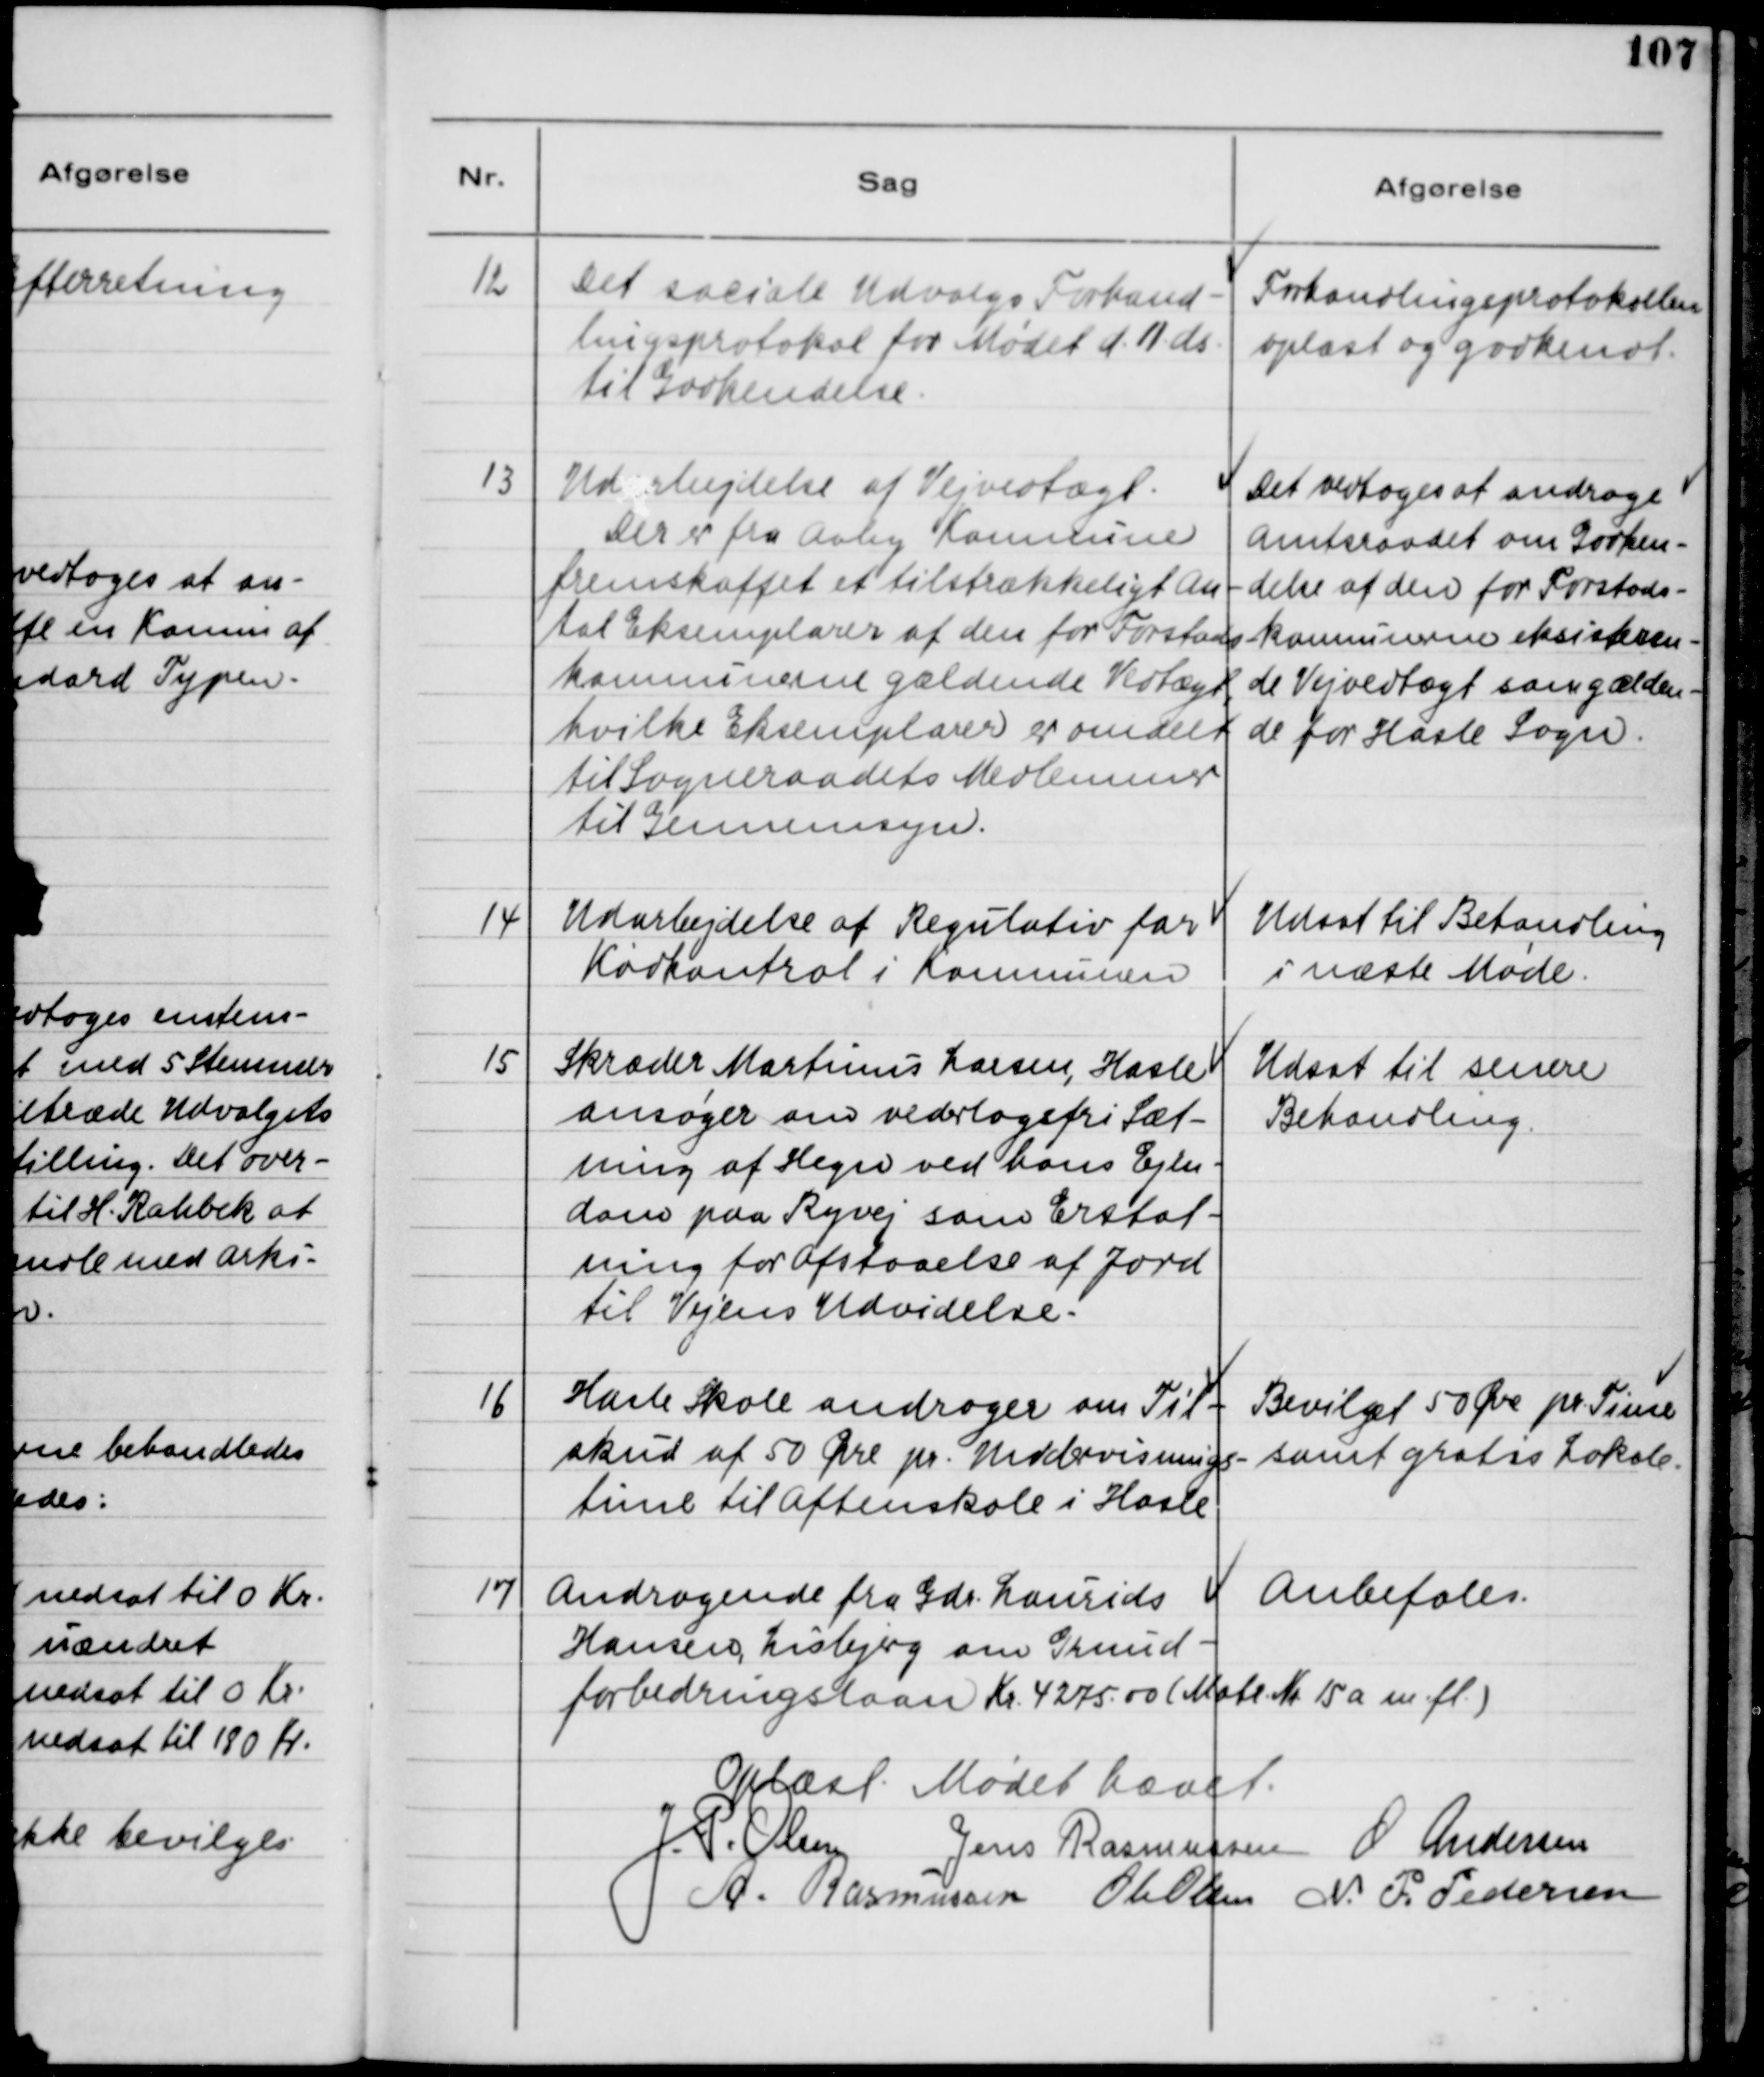
Transskription:
12
Det sociale Udvalgs Forhand-
lingsprotokol for Mødet d. 11 ds
til Godkendelse
Forhandlingsprotokollen
oplæst og godkendt.
13
Ud rbejdelse af Vejvedtægt.
Der er fra Aaby Kommune
fremskaffet et tilstrækkeligt An-
tal Eksemplarer af den for Forstads-
kommunerne gældende Vedtægt,
hvilke Eksemplarer er omdelt
til Sogneraadet Medlemmer
til Gennemsyn.
Det vedtoges at andrage
Amtsraadet om Godken-
delse af den for Forstads-
kommunerne eksisteren-
de Vejvedtægt som gælden-
de for Hasle Sogn.
14
Udarbejdelse af Regulativ for
Kødkontrol i Kommunen
Udsat til Behandling
i næste Møde.
15
Skræder Martinus Larsen, Hasle
ansøger om vederlagsfri Sæt-
ning af Hegn ved hans Ejen-
dom paa Ryvej som Erstat-
ning for afstaaelse af Jord
til Vejens Udvidelse.
Udsat til senere
Behandling.
16
Hasle Skole andrager om Til-
skud af 50 Øre pr. Undervisnings-
time til Aftenskole i Hasle.
Bevilget 50 Øre pr. Time
samt gratis Lokale.
17
Andragende fra Gdr. Laurids
Hansen, Lisbjerg om Grund-
forbedringslaan Kr 4275,00 (Matr. Nr. 15a m.fl.)
Anbefales.
Oplæst. Mødet hævet.
J. P. Olsen
Jens Rasmussen
O. Andersen
A. Rasmussen
Ole Olsen
N.P. Pedersen